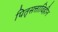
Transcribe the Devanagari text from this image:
पितृसत्ताविहीन